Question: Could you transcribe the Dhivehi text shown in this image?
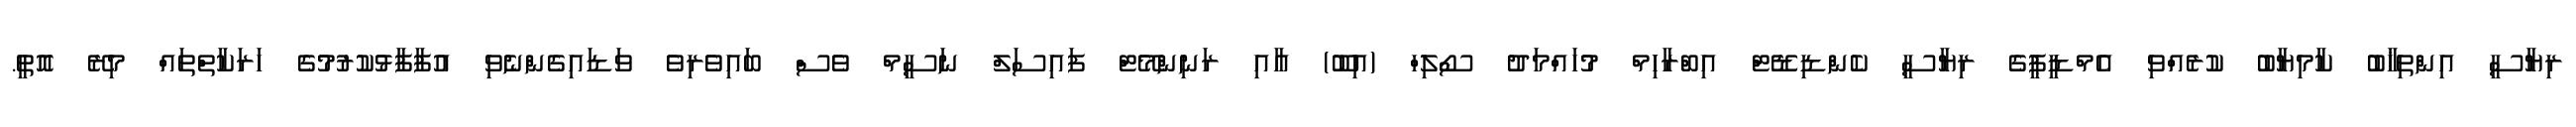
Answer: ރިޔާސީ އިންތިޚާބު ކާމިޔާބު ކުރެއްވި އެމްޑީޕީގެ ރިޔާސީ ކެންޑިޑޭޓް އިބްރާހިމް މުހައްމަދު ސޯލިހް (އިބޫ) އާއި ރަނިންމޭޓް ފައިސަލް ނަސީމް ވެސް ބައިވެރިވެ ވަޑައިގެންނެވި އުފާފާޅުކުރުމުގެ ހަރަކާތްތައް މިރޭ އޮތީ.